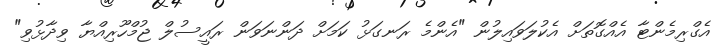
އެގްރިމެންޓާ އެއްގޮތަށް އެކުލަވައިލުން "އެންމެ ރަނގަޅު ކަމަށް ދަންނަވަން ރައީސުލް ޖުމްހޫރިއްޔާ ވިދާޅުވި"